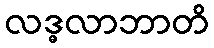
လဒ္ဓလာဘာတိ